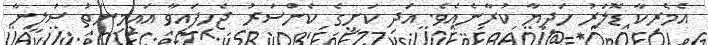
އެމެރިކާ ޑޮލަރު ހަދިޔާ ކުރާނެއެވެ. އަދި ކަށީގެ ކެންސަރު ޖެހިފައިވާ އައިމިނަތު ސަލީނާ